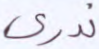
ندري